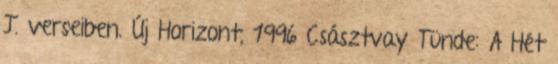
J. verseiben. Új Horizont, 1996 Császtvay Tünde: A Hét